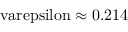
\mathrm { \ v a r e p s i l o n \approx 0 . 2 1 4 }